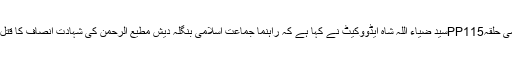
کھاریاں(جی پی آئی)راہنما جماعت اسلامی حلقہPP115سید ضیاء اللہ شاہ ایڈووکیٹ نے کہا ہے کہ راہنما جماعت اسلامی بنگلہ دیش مطیع الرحمن کی شہادت انصاف کا قتل اور سفاکانہ متعصب سوچ کا نتیجہ ہے۔